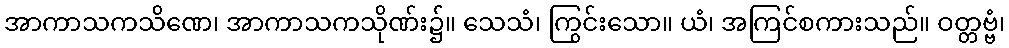
အာကာသကသိဏေ၊ အာကာသကသိုဏ်း၌။ သေသံ၊ ကြွင်းသော။ ယံ၊ အကြင်စကားသည်။ ဝတ္တဗ္ဗံ၊